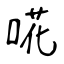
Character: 𠵅